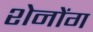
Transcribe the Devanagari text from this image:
शेनोंग